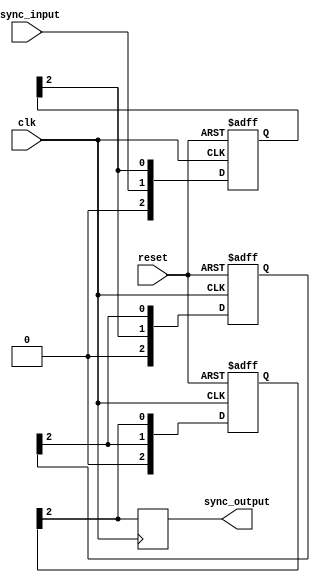
module cascade_synchronizer (
    input clk,
    input reset,
    input async_input,
    output reg sync_output
);

reg [2:0] stage1, stage2, stage3; // Define flip-flops for each stage

always @(posedge clk or posedge reset) begin
    if (reset) begin
        stage1 <= 3'b0;
        stage2 <= 3'b0;
        stage3 <= 3'b0;
    end else begin
        stage1 <= {async_input, stage1[2]}; // Shift input through stages
        stage2 <= {stage1[2], stage2[2]};
        stage3 <= {stage2[2], stage3[2]};
    end
end

// Synchronize output signal with final stage
always @(posedge clk) begin
    sync_output <= stage3[2];
end

endmodule